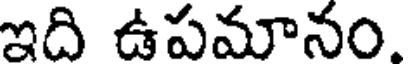
ఇది ఉపమానం.